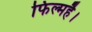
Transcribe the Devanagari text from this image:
फिल्महै।